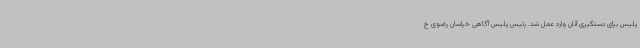
پلیس برای دستگیری آنان وارد عمل شد. رئیس پلیس آگاهی خراسان رضوی خ